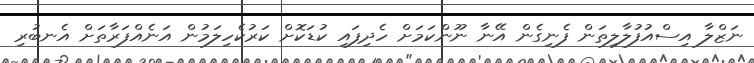
ނަޒްލާ އިސްއުފުލާލިތަން ފެނިގެން އޭނާ ނޫންކަމަށް ހެދިފައި ކުޑަކޮށް ކަރުކެހިލަމުން އަނެއްފަރާތަށް އެނބުރި